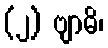
(၂) ဗျာဓိ၊